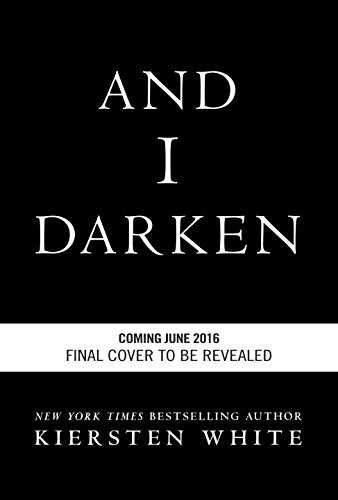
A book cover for And I Darken; Kiersten White; Teen & Young Adult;